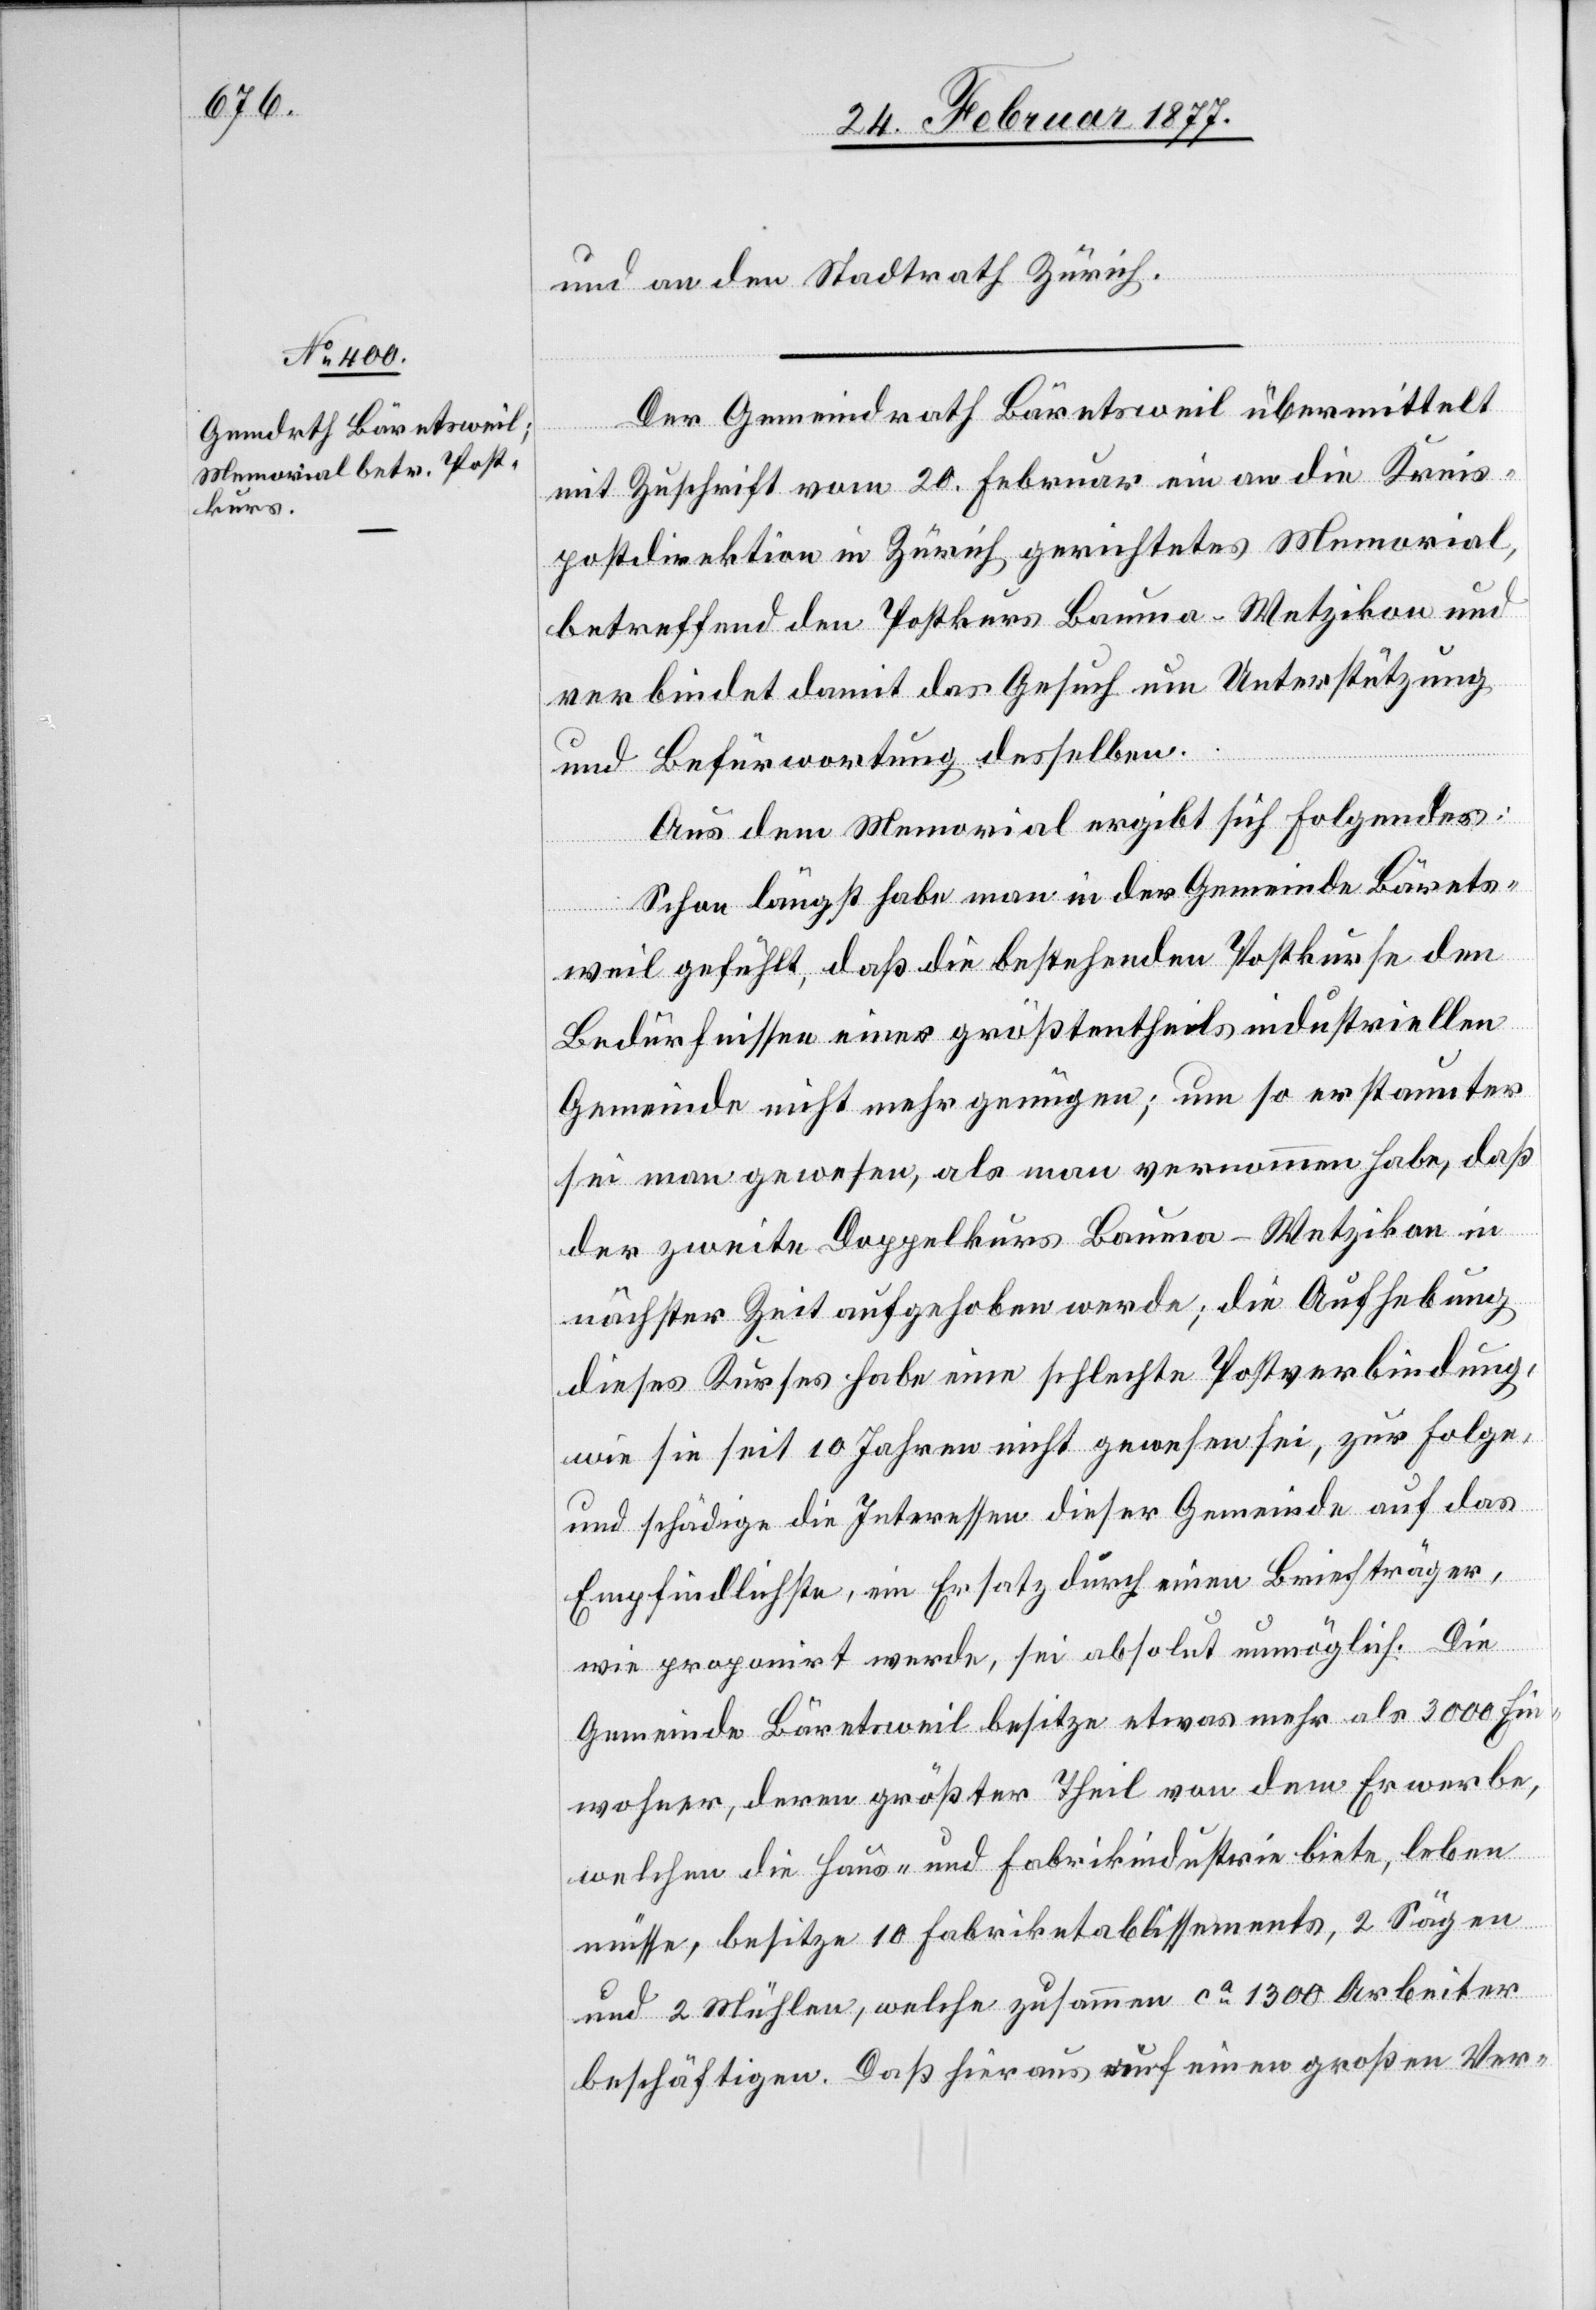
und an den Stadtrath Zürich.
Der Gemeindrath Bärentsweil übermittelt
mit Zuschrift vom 20. Februar ein an die Kreis¬
postdirektion in Zürich gerichtetes Memorial,
betreffend den Postkurs Bauma–Wetzikon und
verbindet damit das Gesuch um Unterstützung
und Befürwortung desselben.
Aus dem Memorial ergibt sich Folgendes:
Schon längst habe man in der Gemeinde Bärents¬
weil gefühlt, daß die bestehenden Postkurse den
Bedürfnissen einer größtentheils industriellen
Gemeinde nicht mehr genügen; um so erstaunter
sei man gewesen, als man vernommen habe, daß
der zweite Doppelkurs Bauma–Wetzikon in
nächster Zeit aufgehoben werde; die Aufhebung
dieses Kurses habe eine schlechte Postverbindung,
wie sie seit 10 Jahren nicht gewesen sei, zur Folge,
und schädige die Interessen dieser Gemeinde auf das
Empfindlichste, ein Ersatz durch einen Briefträger,
wie proponirt werde, sei absolut unmöglich. Die
Gemeinde Bärentsweil besitze etwas mehr als 3000 Ein¬
wohner, deren größter Theil von dem Erwerbe,
welchen die Haus- und Fabrikindustrie biete, leben
müsse, besitze 10 Fabriketablissements, 2 Sägen
und 2 Mühlen, welche zusammen ca 1300 Arbeiter
beschäftigen. Daß hieraus auf einen großen Ver-